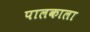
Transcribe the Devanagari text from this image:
पालकाला